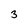
Character: 3